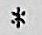
*